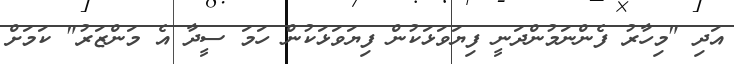
އަދި "މިހާރު ފެންނަމުންދަނީ ފިޔަވަޅަކުން ފިޔަވަޅަކުން ހަމަ ސީދާ އެ މަންޒަރު" ކަމަށް